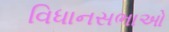
વિધાનસભાઓ